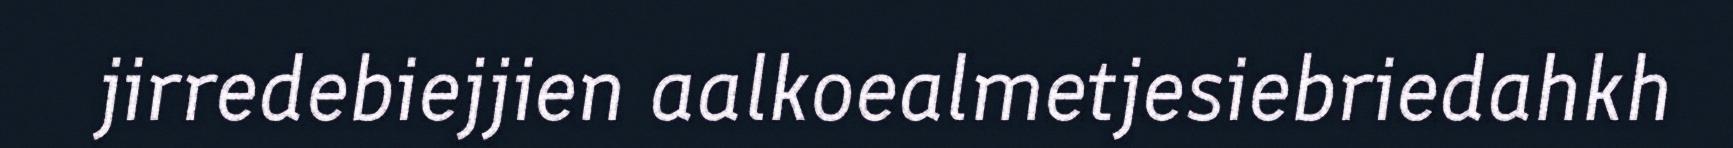
jirredebiejjien aalkoealmetjesiebriedahkh